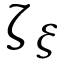
\zeta _ { \xi }